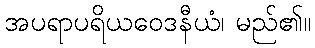
အပရာပရိယဝေဒနီယံ၊ မည်၏။